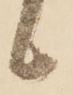
候